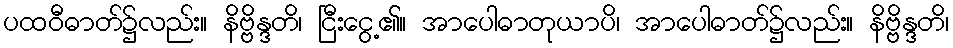
ပထဝီဓာတ်၌လည်း။ နိဗ္ဗိန္ဒတိ၊ ငြီးငွေ့၏။ အာပေါဓာတုယာပိ၊ အာပေါဓာတ်၌လည်း။ နိဗ္ဗိန္ဒတိ၊